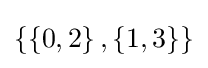
\left\{\left\{0,2\right\},\left\{1,3\right\}\right\}